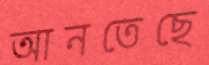
আনতেছে